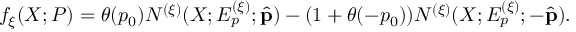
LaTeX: f _ { \xi } ( X ; P ) = \theta ( p _ { 0 } ) N ^ { ( \xi ) } ( X ; E _ { p } ^ { ( \xi ) } ; \hat { \bf p } ) - ( 1 + \theta ( - p _ { 0 } ) ) N ^ { ( \xi ) } ( X ; E _ { p } ^ { ( \xi ) } ; - \hat { \bf p } ) .